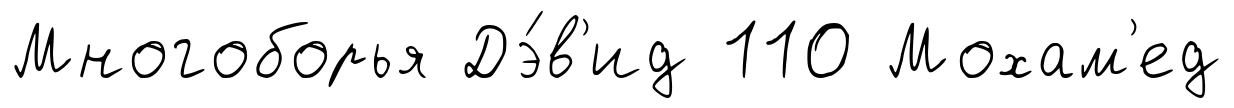
Многоборья Дэ́в'ид 110 Мохам'ед